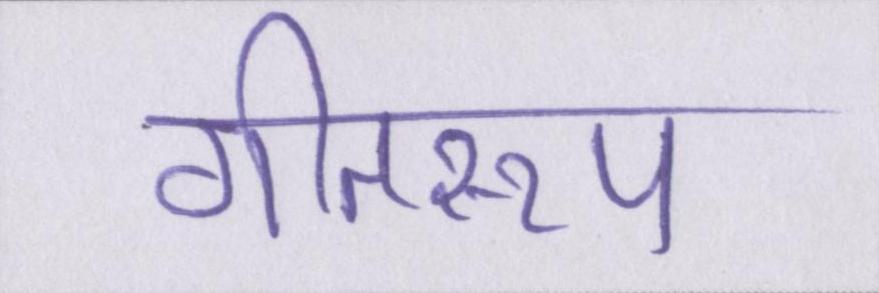
गीतरूप